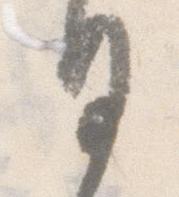
日